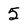
Character: 5